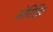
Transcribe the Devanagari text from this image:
योनिछिद्र